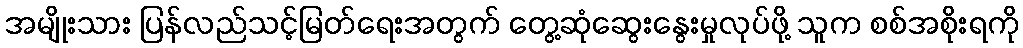
အမျိုးသား ပြန်လည်သင့်မြတ်ရေးအတွက် တွေ့ဆုံဆွေးနွေးမှုလုပ်ဖို့ သူက စစ်အစိုးရကို